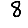
Digit: 8